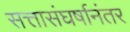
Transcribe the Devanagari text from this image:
सत्तासंघर्षानंतर